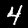
Label: 4